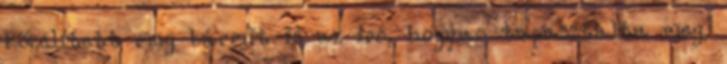
közelített meg bármit is az író, hogyan tapasztalta meg,